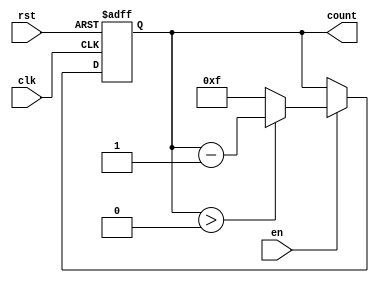
module binary_down_counter (
    input wire clk,      // Clock input
    input wire rst,      // Asynchronous reset
    input wire en,       // Enable signal
    output reg [3:0] count // 4-bit count output
);

    // Define the maximum value for a 4-bit counter
    parameter MAX_VALUE = 4'b1111;

    // Always block triggered on the rising edge of clk or when rst is high
    always @(posedge clk or posedge rst) begin
        if (rst) begin
            // Reset the counter to the maximum value
            count <= MAX_VALUE;
        end else if (en) begin
            // Decrement the counter if enabled
            if (count > 0) begin
                count <= count - 1;
            end else begin
                // Optionally wrap around or hold at zero
                count <= MAX_VALUE; // Wrap around to MAX_VALUE
                // Uncomment the next line to hold at zero instead of wrapping
                // count <= 4'b0000; // Hold at zero
            end
        end
    end

endmodule